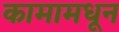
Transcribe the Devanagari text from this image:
कामामधून